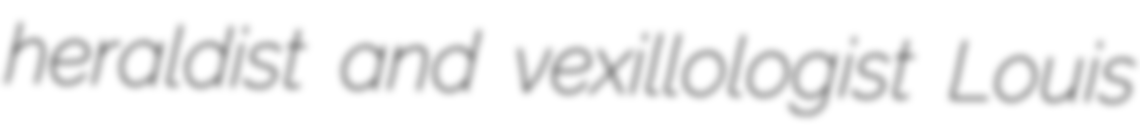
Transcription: heraldist and vexillologist Louis